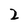
Character: 2